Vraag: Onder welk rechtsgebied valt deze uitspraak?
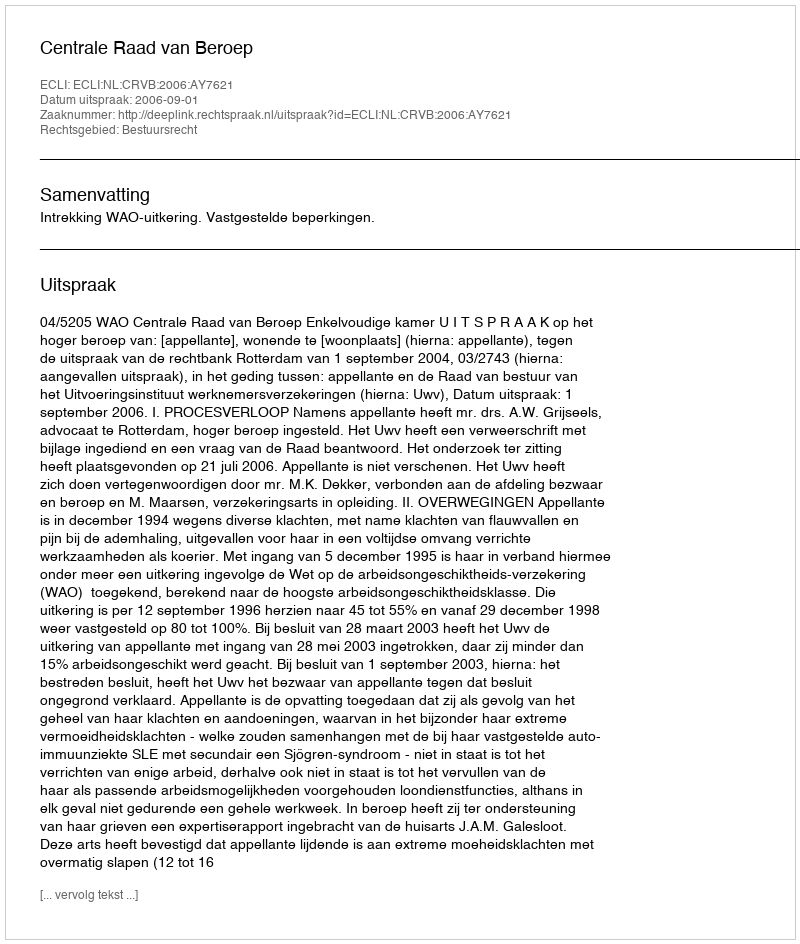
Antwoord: Bestuursrecht